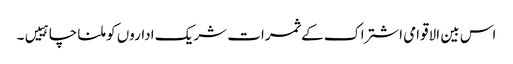
اس بین الاقوامی اشتراک کے ثمرات شریک اداروں کو ملنا چاہییں۔